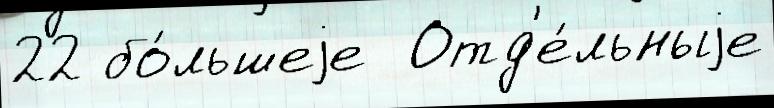
22 бо́льшеjе  Отд'е́льныjе